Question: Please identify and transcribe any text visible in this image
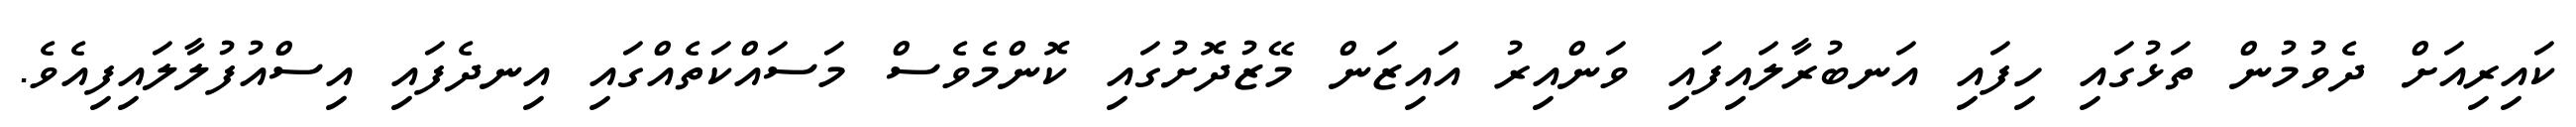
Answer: ކައިރިއަށް ދެވުމުން ތަޅުގައި ހިފައި އަނބުރާލައިފައި ވަންއިރު އައިޒަން މޭޒުދޮށުގައި ކޮންމެވެސް މަސައްކަތެއްގައި އިނދެފައި އިސްއުފުލާލައިފިއެވެ.